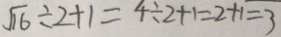
\sqrt { 1 6 } \div 2 + 1 = 4 \div 2 + 1 = 2 + 1 = 3